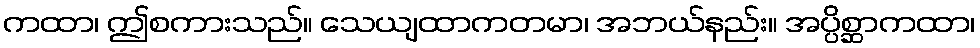
ကထာ၊ ဤစကားသည်။ သေယျထာကတမာ၊ အဘယ်နည်း။ အပ္ပိစ္ဆာကထာ၊